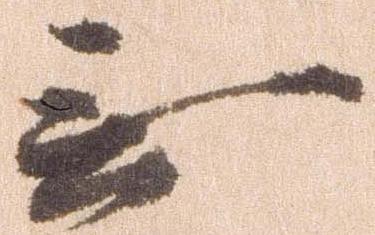
無